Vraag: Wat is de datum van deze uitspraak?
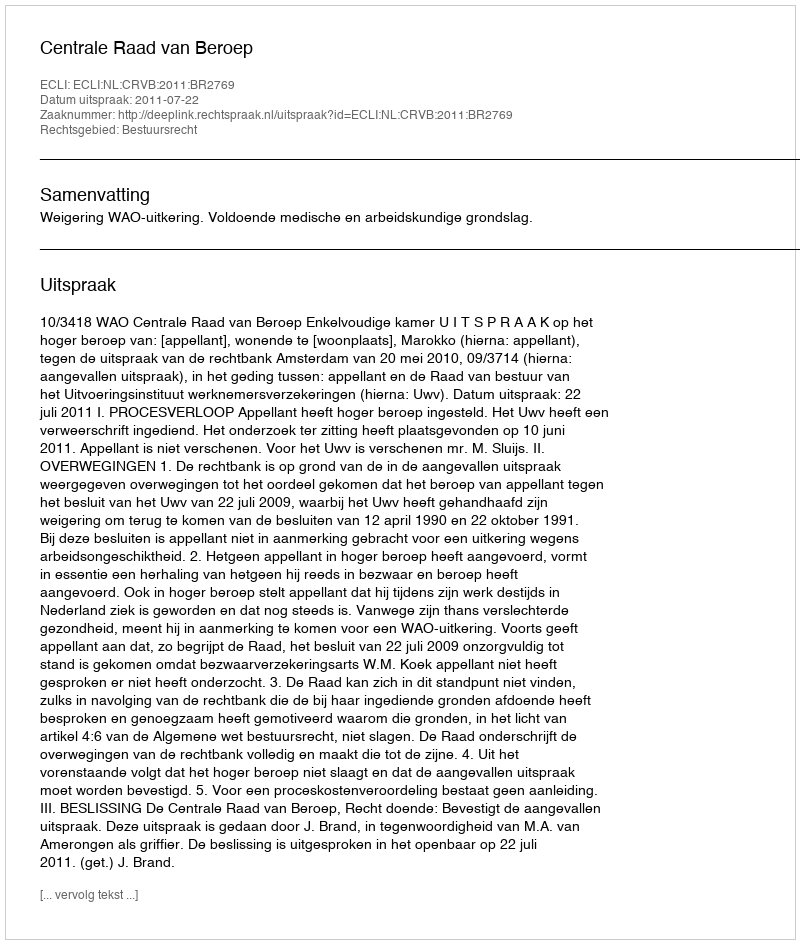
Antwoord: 2011-07-22